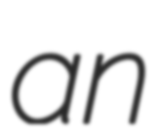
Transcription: an